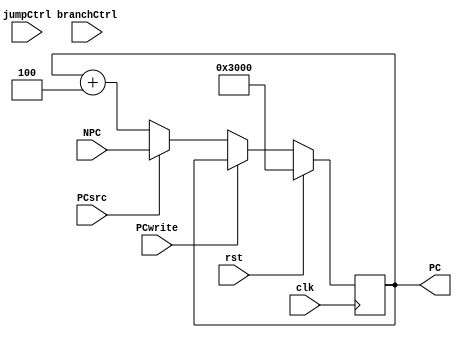
module PC(
input [31:0] NPC,
input rst,
input clk,
output reg[31:0] PC,
input PCwrite,
input branchCtrl,
input jumpCtrl,
input PCsrc
);

always @( posedge clk)begin
	if(rst)begin
		PC<=32'h0000_3000;
	end
	else if(PCwrite)begin
		PC<=PC;
	end
	else if(PCsrc)begin
		PC<=NPC;
	end
	else PC<=PC+4;
end
endmodule